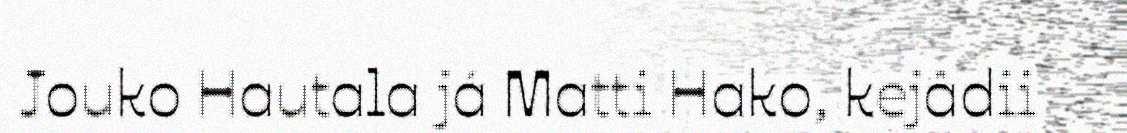
Jouko Hautala já Matti Hako, kejâdii